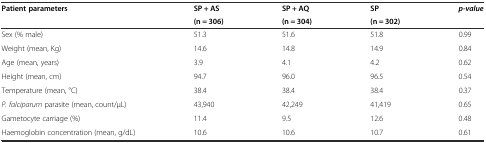
<table><thead><tr><td><b>Patient parameters</b></td><td><b>SP + AS</b></td><td><b>SP + AQ</b></td><td><b>SP</b></td><td rowspan="2"><b><i>p-value</i></b></td></tr><tr><td></td><td><b>(n = 306)</b></td><td><b>(n = 304)</b></td><td><b>(n = 302)</b></td></tr></thead><tbody><tr><td>Sex (% male)</td><td>51.3</td><td>51.6</td><td>51.8</td><td>0.99</td></tr><tr><td>Weight (mean, Kg)</td><td>14.6</td><td>14.8</td><td>14.9</td><td>0.84</td></tr><tr><td>Age (mean, years)</td><td>3.9</td><td>4.1</td><td>4.2</td><td>0.62</td></tr><tr><td>Height (mean, cm)</td><td>94.7</td><td>96.0</td><td>96.5</td><td>0.54</td></tr><tr><td>Temperature (mean, °C)</td><td>38.4</td><td>38.4</td><td>38.4</td><td>0.37</td></tr><tr><td><i>P. falciparum</i> parasite (mean, count/μL)</td><td>43,940</td><td>42,249</td><td>41,419</td><td>0.65</td></tr><tr><td>Gametocyte carriage (%)</td><td>11.4</td><td>9.5</td><td>12.6</td><td>0.48</td></tr><tr><td>Haemoglobin concentration (mean, g/dL)</td><td>10.6</td><td>10.6</td><td>10.7</td><td>0.61</td></tr></tbody></table>